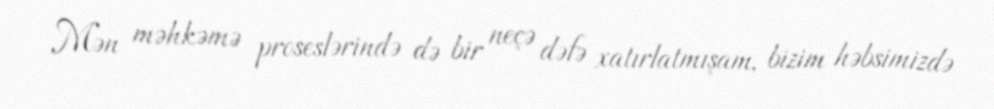
Mən məhkəmə proseslərində də bir neçə dəfə xatırlatmışam, bizim həbsimizdə